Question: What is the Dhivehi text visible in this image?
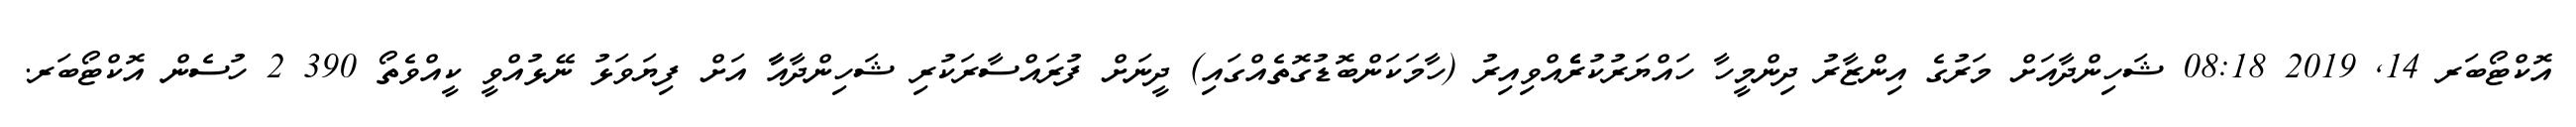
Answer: އޮކްޓޯބަރ 14, 2019 08:18 ޝަހިންދާއަށް މަރުގެ އިންޒާރު ދިންމީހާ ހައްޔަރުކުރެެެެެއްވިއިރު (ހާމަކަންބޮޑުގޮތެއްގައި) ދީނަށް ފުރައްސާރަކުރި ޝަހިންދާއާާ އަށް ފިޔަވަޅު ނޭޅުއްވީ ކީއްވެތޯ 390 2 ހުސެން އޮކްޓޯބަރ.